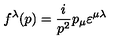
f ^ { \lambda } ( p ) = \frac { i } { p ^ { 2 } } p _ { \mu } \varepsilon ^ { \mu \lambda }